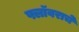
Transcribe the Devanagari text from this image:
फ्लॉवराचे